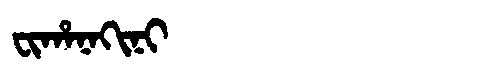
Manchu: ᠸᡳᡥᠠᠨᠠᡴᡳᠨᡳ
Romanization: FIHANAKINI